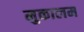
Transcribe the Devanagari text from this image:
मुकालम